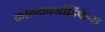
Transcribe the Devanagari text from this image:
कालकाजीडिफेन्स